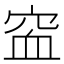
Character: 䆝